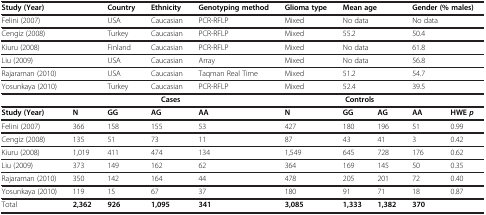
| <COLSPAN=2> Study (Year) | Country | Ethnicity | Genotyping method | Glioma type | <COLSPAN=2> Mean age | <COLSPAN=2> Gender (% males) |
 | --- | --- | --- | --- | --- | --- | --- | --- | --- | --- |
 | <COLSPAN=2> Felini (2007) | USA | Caucasian | PCR-RFLP | Mixed | <COLSPAN=2> No data | <COLSPAN=2> No data |
 | <COLSPAN=2> Cengiz (2008) | Turkey | Caucasian | PCR-RFLP | Mixed | <COLSPAN=2> 55.2 | <COLSPAN=2> 50.4 |
 | <COLSPAN=2> Kiuru (2008) | Finland | Caucasian | PCR-RFLP | Mixed | <COLSPAN=2> No data | <COLSPAN=2> 61.8 |
 | <COLSPAN=2> Liu (2009) | USA | Caucasian | Array | Mixed | <COLSPAN=2> No data | <COLSPAN=2> 56.8 |
 | <COLSPAN=2> Rajaraman (2010) | USA | Caucasian | Taqman Real Time | Mixed | <COLSPAN=2> 51.2 | <COLSPAN=2> 54.7 |
 | <COLSPAN=2> Yosunkaya (2010) | Turkey | Caucasian | PCR-RFLP | Mixed | <COLSPAN=2> 52.4 | <COLSPAN=2> 39.5 |
 |  | <COLSPAN=4> Cases | <COLSPAN=4> Controls |  |
 | Study (Year) | N | GG | AG | AA | N | GG | AG | AA | HWE p |
 | Felini (2007) | 366 | 158 | 155 | 53 | 427 | 180 | 196 | 51 | 0.99 |
 | Cengiz (2008) | 135 | 51 | 73 | 11 | 87 | 43 | 41 | 3 | 0.42 |
 | Kiuru (2008) | 1,019 | 411 | 474 | 134 | 1,549 | 645 | 728 | 176 | 0.62 |
 | Liu (2009) | 373 | 149 | 162 | 62 | 364 | 169 | 145 | 50 | 0.35 |
 | Rajaraman (2010) | 350 | 142 | 164 | 44 | 478 | 205 | 201 | 72 | 0.40 |
 | Yosunkaya (2010) | 119 | 15 | 67 | 37 | 180 | 91 | 71 | 18 | 0.87 |
 | Total | 2,362 | 926 | 1,095 | 341 | 3,085 | 1,333 | 1,382 | 370 |  |